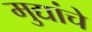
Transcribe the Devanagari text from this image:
मुद्यांचे